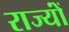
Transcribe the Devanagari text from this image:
राज्योंं